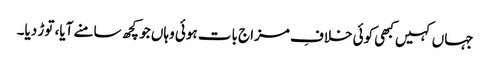
جہاں کہیں کبھی کوئی خلافِ مزاج بات ہوئی وہاں جو کچھ سامنے آیا، توڑ دیا۔